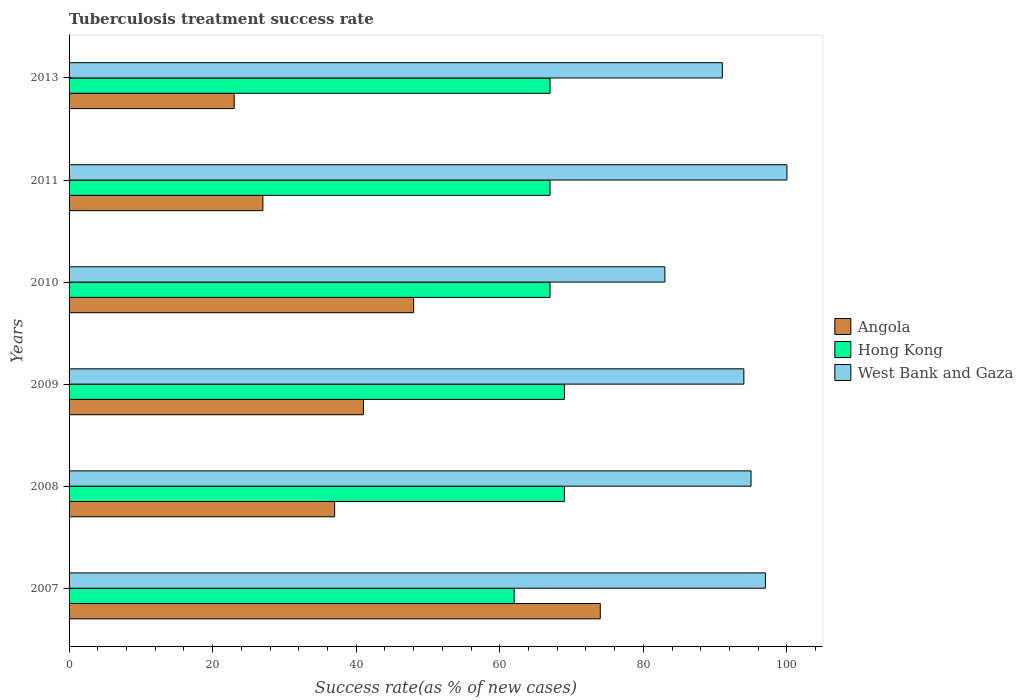
| Years | Angola | Hong Kong | West Bank and Gaza |
 | --- | --- | --- | --- |
 | 2007 | 74 | 62 | 97 |
 | 2008 | 37 | 69 | 95 |
 | 2009 | 41 | 69 | 94 |
 | 2010 | 48 | 67 | 83 |
 | 2011 | 27 | 67 | 100 |
 | 2013 | 23 | 67 | 91 |